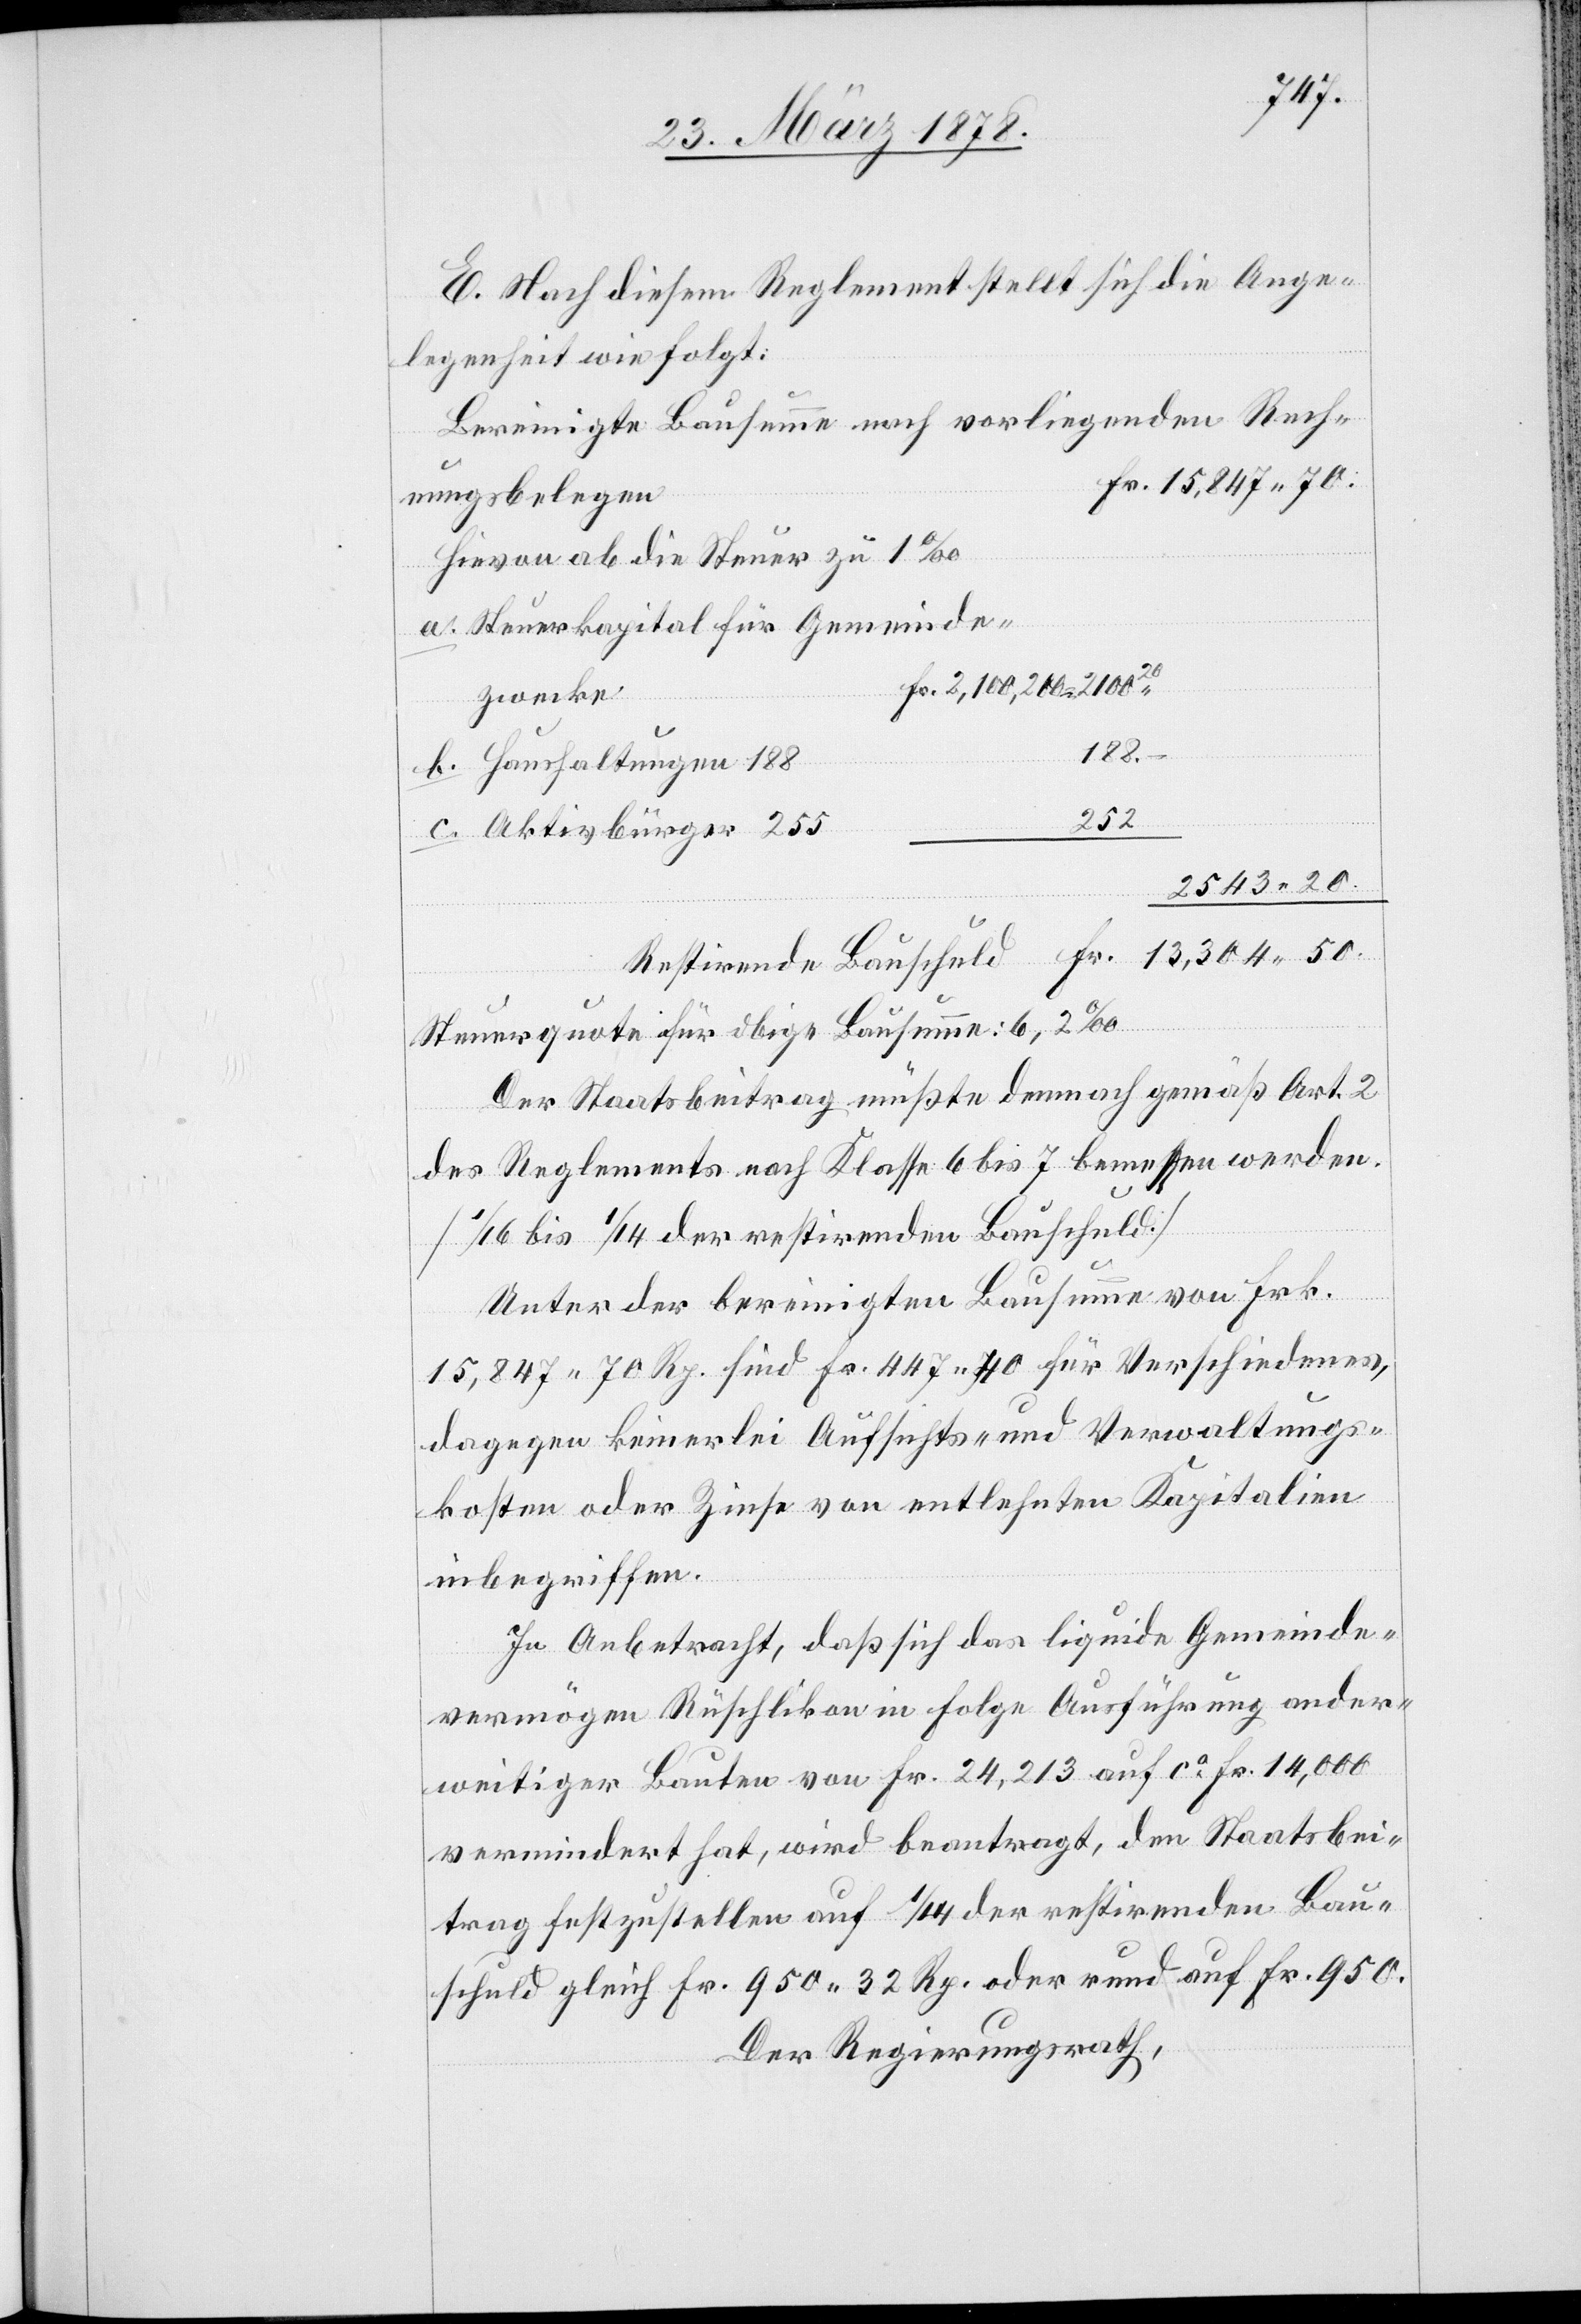
E. Nach diesem Reglement stellt sich die Ange¬
legenheit wie folgt:
Bereinigte Bausumme nach vorliegenden Rech¬
Fr. 13,304. 50
nungsbelegen
Hievon ab die Steuer zu 1‰
a. Steuerkapital für Gemeinde¬
Fr. 2,100,200
zwecke
b. Haushaltungen 188
252
c. Aktivbürger 255
2543. 20
Steuerquote für obige Bausumme: 6,2‰
Der Staatsbeitrag müßte demnach gemäß Art. 2
des Reglements nach Klasse 6 bis 7 bemessen werden.
(1/16 bis 1/14 der restirenden Bauschuld.)
Unter der bereinigten Bausumme von Frk.
15,847. 70 Rp. sind Fr. 447. 50 für Verschiedenes,
dagegen keinerlei Aufsichts- und Verwaltungs¬
kosten oder Zinse von entlehnten Kapitalien
inbegriffen.
In Anbetracht, daß sich das liquide Gemeinde¬
vermögen Rüschlikon in Folge Ausführung ander¬
weitiger Bauten von Fr. 24,213 auf ca Fr. 14,000
vermindert hat, wird beantragt, den Staatsbei¬
trag festzustellen auf 1/14 der restirenden Bau¬
schuld gleich Fr. 950. 32 Rp. oder rund auf Fr. 950.
Der Regierungsrath,